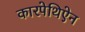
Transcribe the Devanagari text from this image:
कारपेथिऐन